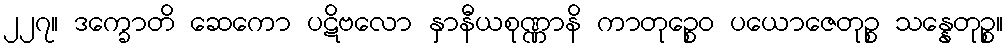
၂၂၇။ ဒက္ခောတိ ဆေကော ပဋိဗလော နှာနီယစုဏ္ဏာနိ ကာတုဉ္စေဝ ပယောဇေတုဉ္စ သန္နေတုဉ္စ။